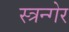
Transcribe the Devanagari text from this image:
स्त्रन्गेर